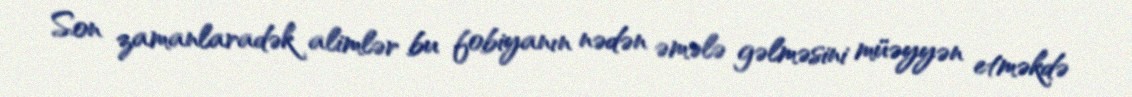
Son zamanlaradək alimlər bu fobiyanın nədən əmələ gəlməsini müəyyən etməkdə